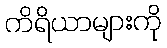
ကိရိယာများကို